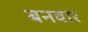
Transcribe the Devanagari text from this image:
बनवार